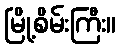
မြို့စိမ်းကြီး။